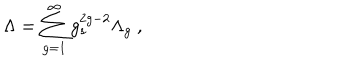
\Lambda = \sum _ { g = 1 } ^ { \infty } g _ { s } ^ { 2 g - 2 } \Lambda _ { g } ~ ,